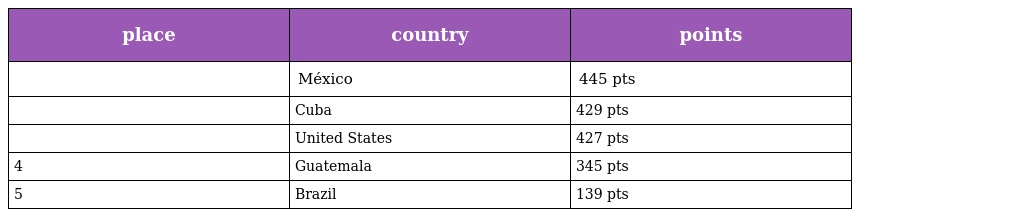
| place | country | points |
 | --- | --- | --- |
 |  | México | 445 pts |
 |  | Cuba | 429 pts |
 |  | United States | 427 pts |
 | 4 | Guatemala | 345 pts |
 | 5 | Brazil | 139 pts |